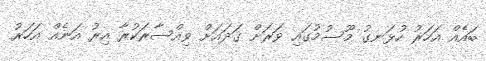
ބައެއް އަހަރު ހުޅަނގު މޫސުމުގައި ވަރަށް ގަދައަށް ވިއްސާރަކުރާ އިރު އަނެއް އަހަރު